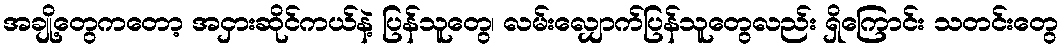
အချို့တွေကတော့ အငှားဆိုင်ကယ်နဲ့ ပြန်သူတွေ၊ လမ်းလျှောက်ပြန်သူတွေလည်း ရှိကြောင်း သတင်းတွေ